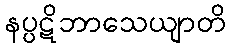
နပ္ပဋိဘာသေယျာတိ